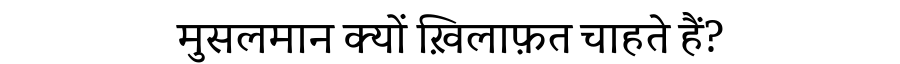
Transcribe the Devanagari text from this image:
मुसलमान क्यों ख़िलाफ़त चाहते हैं?